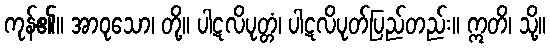
ကုန်၏။ အာဝုသော၊ တို့။ ပါဋလိပုတ္တံ၊ ပါဋလိပုတ်ပြည်တည်း။ ဣတိ၊ သို့။